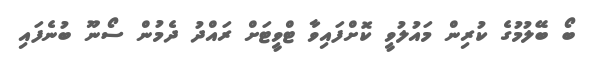
ބޯ ބޭލުމުގެ ކުރިން މައުލުވީ ކޮށްފައިވާ ޓްވީޓަށް ރައްދު ދެމުން ސޯނޫ ބުނެފައި